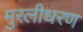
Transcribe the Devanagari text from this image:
मुरलीधरण